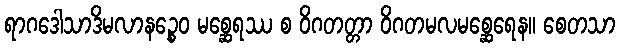
ရာဂဒေါသာဒိမလာနဉ္စေဝ မစ္ဆေရဿ စ ဝိဂတတ္တာ ဝိဂတမလမစ္ဆေရေန။ စေတသာ